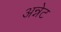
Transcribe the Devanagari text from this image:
अन्नेट